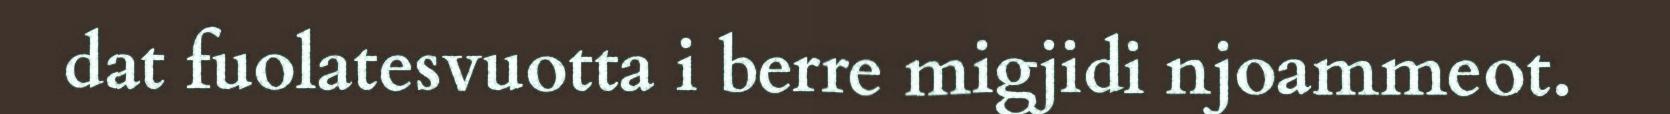
dat fuolatesvuotta i berre migjidi njoammeot.